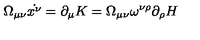
\Omega _ { \mu \nu } \dot { x ^ { \nu } } = \partial _ { \mu } K = \Omega _ { \mu \nu } \omega ^ { \nu \rho } \partial _ { \rho } H